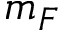
m _ { F }